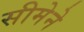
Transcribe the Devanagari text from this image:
सीमेने